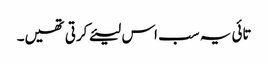
تائی یہ سب اس لیئے کرتی تھیں۔